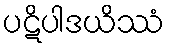
ပဋိပါဒယိဿံ